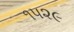
૧૫૨૯